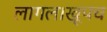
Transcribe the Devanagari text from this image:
लागल।खूपच